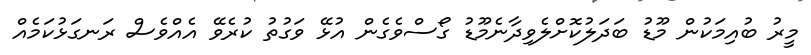
މީރު ބުއިމަކުން މޫޑު ބަދަލުކޮށްލެވިދާނެމޫޑު ގޯސްވެގެން އުޅޭ ވަގުތު ކުރެވޭ އެއްވެސް ރަނގަޅުކަމެއް